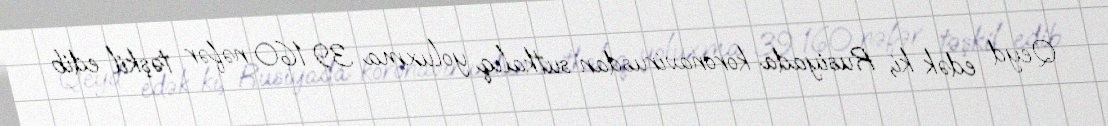
Qeyd edək ki, Rusiyada koronavirusdan sutkalıq yoluxma 39 160 nəfər təşkil edib